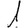
Digit: 1